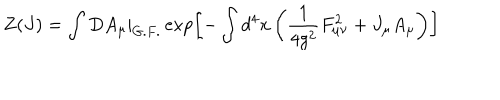
LaTeX: Z ( J ) = \int D A _ { \mu } | _ { G . F . } \exp \left[ - \int d ^ { 4 } x \left( \frac { 1 } { 4 g ^ { 2 } } F _ { \mu \nu } ^ { 2 } + J _ { \mu } A _ { \mu } \right) \right]